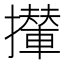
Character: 攆